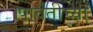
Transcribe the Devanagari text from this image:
।पार्वतीच्या